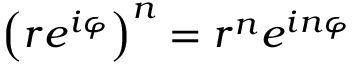
\left( r e ^ { i \varphi } \right) ^ { n } = r ^ { n } e ^ { i n \varphi }